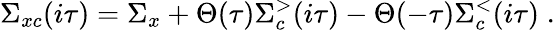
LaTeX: \Sigma_{xc}(i\tau)=\Sigma_{x}+\Theta(\tau)\Sigma_{c}^{>}(i\tau)-\Theta(-\tau)\Sigma_{c}^{<}(i\tau)\; .